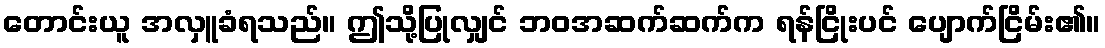
တောင်းယူ အလှူခံရသည်။ ဤသို့ပြုလျှင် ဘဝအဆက်ဆက်က ရန်ငြိုးပင် ပျောက်ငြိမ်း၏။